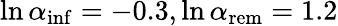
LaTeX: \ln{\alpha_{\mathrm{inf}}}=-0.3,\ln{\alpha_{\mathrm{rem}}}=1.2